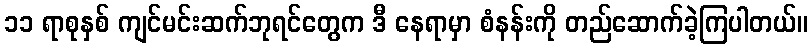
၁၁ ရာစုနှစ် ကျင်မင်းဆက်ဘုရင်တွေက ဒီ နေရာမှာ စံနန်းကို တည်ဆောက်ခဲ့ကြပါတယ်။